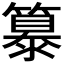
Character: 𥴠